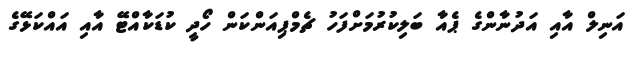
އަނިލް އާއި އަދުނާންގެ ޕެއާ ބަލިކުރުމަށްފަހު ޗެމްޕިއަންކަން ހޯދީ ކުޑަކާއްޓޭ އާއި އައްކަޅޭގެ